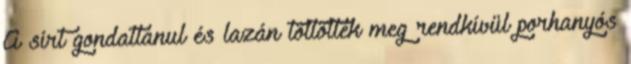
A sírt gondatlanul és lazán töltötték meg rendkívül porhanyós